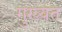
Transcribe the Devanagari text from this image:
गुख्यत